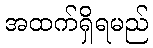
အထက်ရှိရမည်